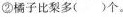
②橘子比梨多()个。